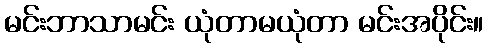
မင်းဘာသာမင်း ယုံတာမယုံတာ မင်းအပိုင်း။